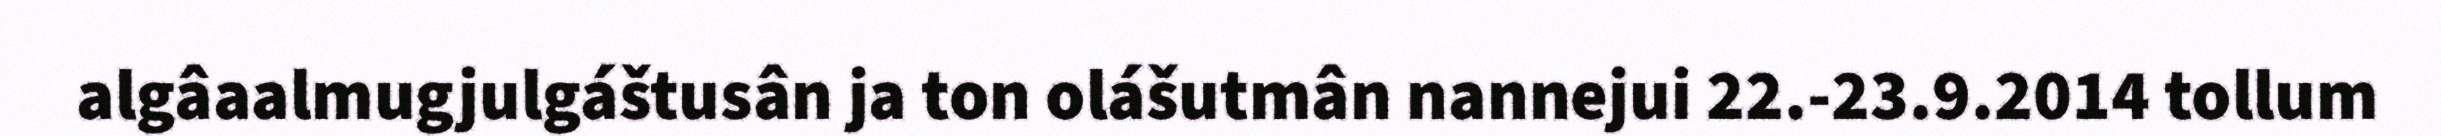
algâaalmugjulgáštusân ja ton olášutmân nannejui 22.-23.9.2014 tollum